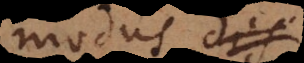
modus dis